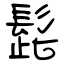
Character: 髭